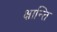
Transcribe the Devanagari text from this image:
क्षान्ति